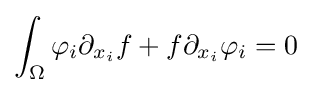
\int _{\Omega }\mathbf {\varphi } _{i}\partial _{x_{i}}f+f\partial _{x_{i}}\mathbf {\varphi } _{i}=0